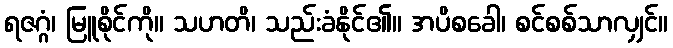
ရဇဂ္ဂံ၊ မြူစိုင်ကို။ သဟတိ၊ သည်းခံနိုင်၏။ အပိစခေါ၊ စင်စစ်သာလျှင်။